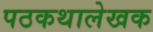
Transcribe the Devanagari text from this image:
पठकथालेखक